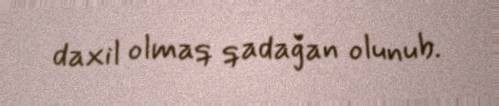
daxil olmaq qadağan olunub.